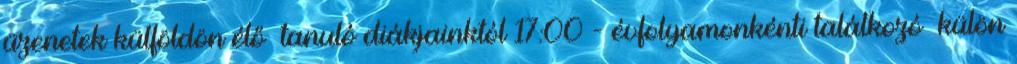
üzenetek külföldön élő tanuló diákjainktól 17:00 - évfolyamonkénti találkozó külön